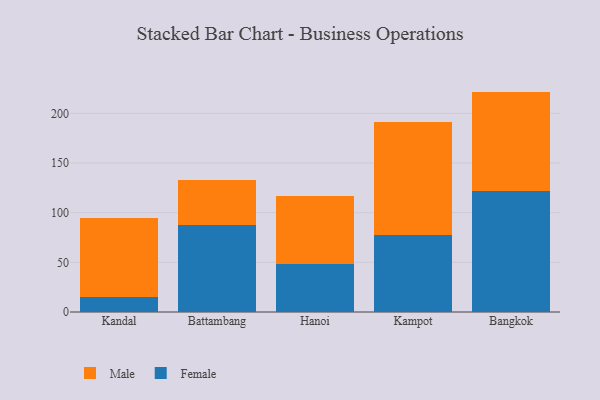
{"axis": {"x": "City", "y": "Headcount"}, "legend": ["Female", "Male"], "data": [{"x": "Kandal", "y": 15.5, "type": "Female"}, {"x": "Kandal", "y": 79.3, "type": "Male"}, {"x": "Battambang", "y": 87.7, "type": "Female"}, {"x": "Battambang", "y": 44.7, "type": "Male"}, {"x": "Hanoi", "y": 48.3, "type": "Female"}, {"x": "Hanoi", "y": 68.3, "type": "Male"}, {"x": "Kampot", "y": 78.0, "type": "Female"}, {"x": "Kampot", "y": 113.6, "type": "Male"}, {"x": "Bangkok", "y": 121.8, "type": "Female"}, {"x": "Bangkok", "y": 100.1, "type": "Male"}]}